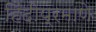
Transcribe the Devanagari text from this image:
हिंदीप्रमाणे